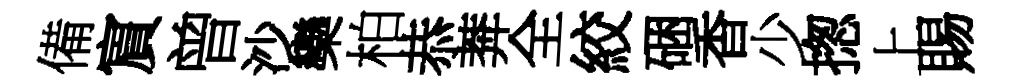
備賔曾沙欒柏恭莾全絞硱香少揔上賜